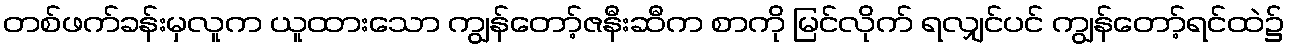
တစ်ဖက်ခန်းမှလူက ယူထားသော ကျွန်တော့်ဇနီးဆီက စာကို မြင်လိုက် ရလျှင်ပင် ကျွန်တော့်ရင်ထဲ၌